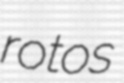
rotos